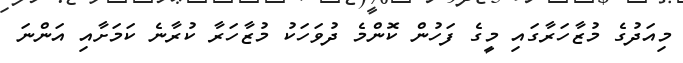
މިއަދުގެ މުޒާހަރާގައި މީގެ ފަހުން ކޮންމެ ދުވަހަކު މުޒާހަރާ ކުރާނެ ކަމަށާއި އަންނަ